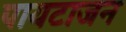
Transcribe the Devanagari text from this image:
पायटाजन